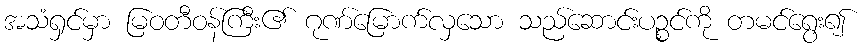
အသံရှင်မှာ မြဝတီဝန်ကြီး၏ ဂုဏ်မြောက်လှသော သည်ဆောင်းပဉ္စင်ကို တမင်ရွေး၍